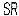
SR